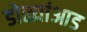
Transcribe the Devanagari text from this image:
डोळ्यांआड